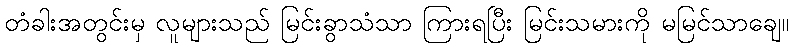
တံခါးအတွင်းမှ လူများသည် မြင်းခွာသံသာ ကြားရပြီး မြင်းသမားကို မမြင်သာချေ။